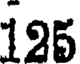
195